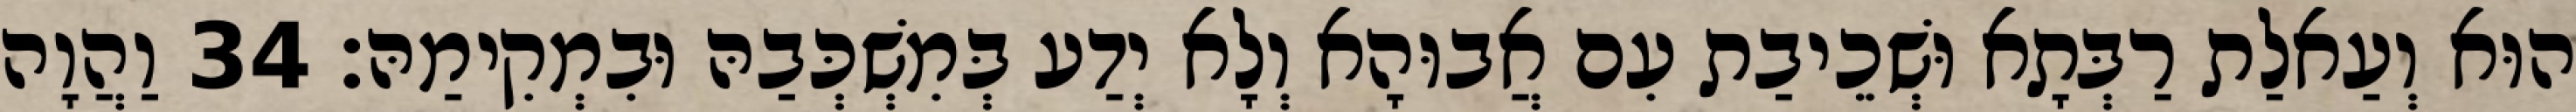
הוּא וְעַאלַת רַבְּתָא וּשְׁכֵיבַת עִם אֲבוּהָא וְלָא יְדַע בְּמִשְׁכְּבַהּ וּבִמְקִימַהּ׃ 34 וַהֲוָה